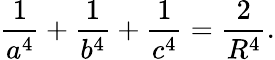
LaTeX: {\frac{1}{a^{4}}}+{\frac{1}{b^{4}}}+{\frac{1}{c^{4}}}={\frac{2}{R^{4}}}.